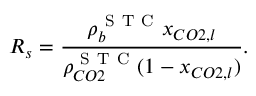
R _ { s } = \frac { \rho _ { b } ^ { \mathrm { ~ S ~ T ~ C ~ } } x _ { C O 2 , l } } { \rho _ { C O 2 } ^ { \mathrm { ~ S ~ T ~ C ~ } } ( 1 - x _ { C O 2 , l } ) } .